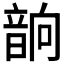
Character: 𲊧